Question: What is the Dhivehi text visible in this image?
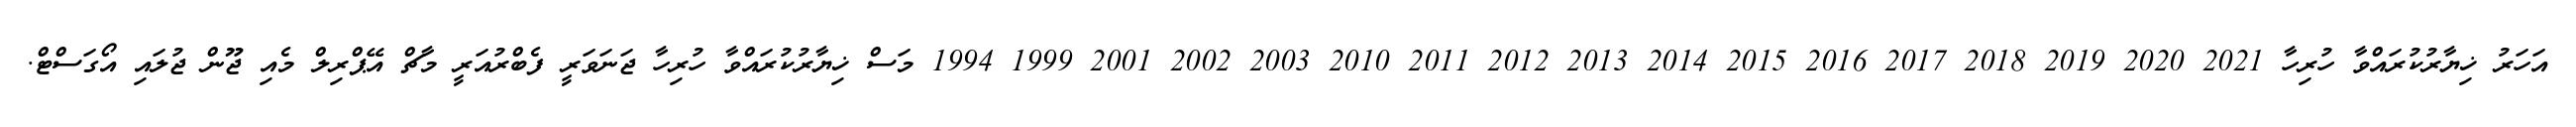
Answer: އަހަރު ޚިޔާރުކުރައްވާ ހުރިހާ 2021 2020 2019 2018 2017 2016 2015 2014 2013 2012 2011 2010 2003 2002 2001 1999 1994 މަސް ޚިޔާރުކުރައްވާ ހުރިހާ ޖަނަވަރީ ފެބްރުއަރީ މާޗް އޭޕްރިލް މެއި ޖޫން ޖުލައި އޯގަސްޓް.